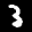
Label: 3